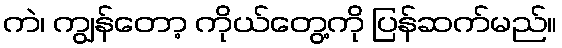
ကဲ၊ ကျွန်တော့ ကိုယ်တွေ့ကို ပြန်ဆက်မည်။